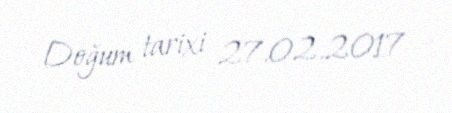
Doğum tarixi 27.02.2017